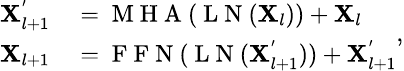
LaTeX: \small\begin{array}{rl}{\mathbf{X}_{l+1}^{'}}&{{}=\mathrm{~M~H~A~}(\mathrm{~L~N~}(\mathbf{X}_{l}))+\mathbf{X}_{l}}\\ {\mathbf{X}_{l+1}}&{{}=\mathrm{~F~F~N~}(\mathrm{~L~N~}(\mathbf{X}_{l+1}^{'}))+\mathbf{X}_{l+1}^{'}}\end{array},